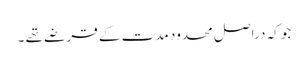
جو کہ دراصل محدود مدت کے قرضے تھے ۔